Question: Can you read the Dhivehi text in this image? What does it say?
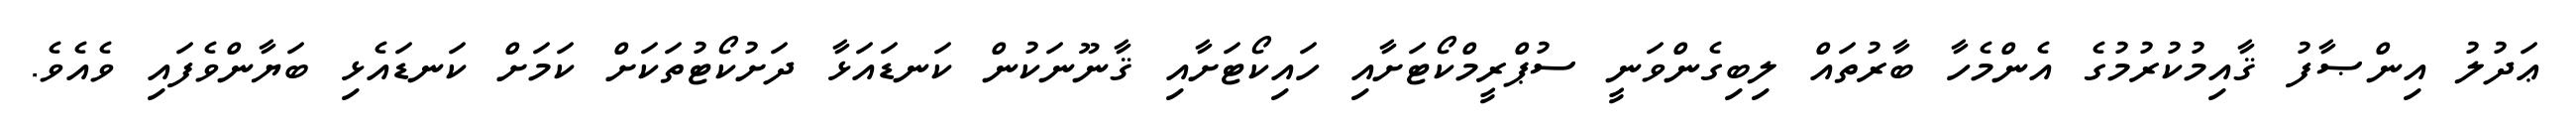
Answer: ޢަދުލު އިންޞާފު ޤާއިމުކުރުމުގެ އެންމެހާ ބާރުތައް ލިބިގެންވަނީ ސުޕްރީމްކޯޓަށާއި ހައިކޯޓަށާއި ޤާނޫނަކުން ކަނޑައަޅާ ދަށުކޯޓުތަކަށް ކަމަށް ކަނޑައެޅި ބަޔާންވެފައި ވެއެވެ.